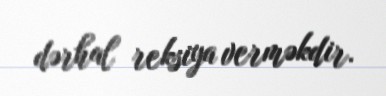
dərhal reksiya verməkdir.